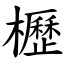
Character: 櫪